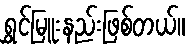
ရွှင်မြူးနည်းဖြစ်တယ်။